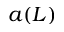
a ( L )